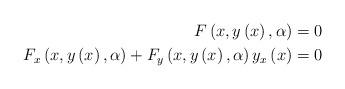
LaTeX: \begin{align*}F\left( x,y\left( x\right) ,\alpha\right) & =0\\F_{x}\left( x,y\left( x\right) ,\alpha\right) +F_{y}\left( x,y\left(x\right) ,\alpha\right) y_{x}\left( x\right) & =0\end{align*}